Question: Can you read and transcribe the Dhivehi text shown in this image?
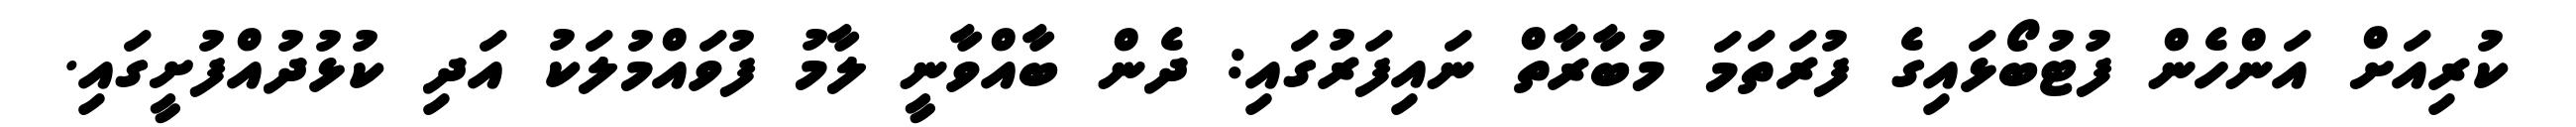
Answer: ކުރިއަށް އަންހެން ފުޓުބޯޅައިގެ ފުރަތަމަ މުބާރާތް ނައިފަރުގައި: ދެން ބާއްވާނީ ލާމު ފުވައްމުލަކު އަދި ކުޅުދުއްފުށީގައި.